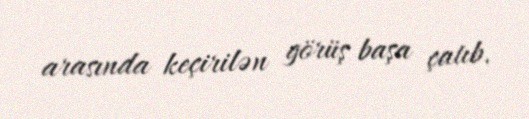
arasında keçirilən görüş başa çatıb.